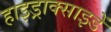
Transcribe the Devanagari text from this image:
हाइड्राक्साइडें